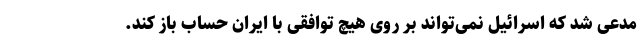
مدعی شد که اسرائیل نمی‌تواند بر روی هیچ توافقی با ایران حساب باز کند.